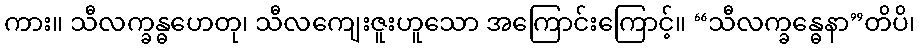
ကား။ သီလက္ခန္ဓဟေတု၊ သီလကျေးဇူးဟူသော အကြောင်းကြောင့်။ “သီလက္ခန္ဓေနာ”တိပိ၊